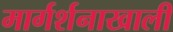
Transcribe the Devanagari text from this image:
मार्गर्शनाखाली